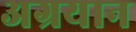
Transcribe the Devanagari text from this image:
अग्रयान